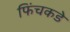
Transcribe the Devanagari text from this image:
फिंचकडे